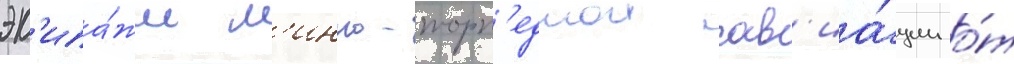
эк'ипа́жи м'инно-торп'еднои ав'иа́ции о́т